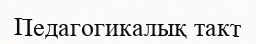
Педагогикалық такт